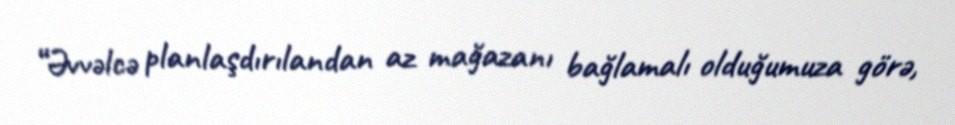
“Əvvəlcə planlaşdırılandan az mağazanı bağlamalı olduğumuza görə,